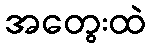
အတွေးထဲ